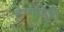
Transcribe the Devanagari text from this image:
हेग्गडिति